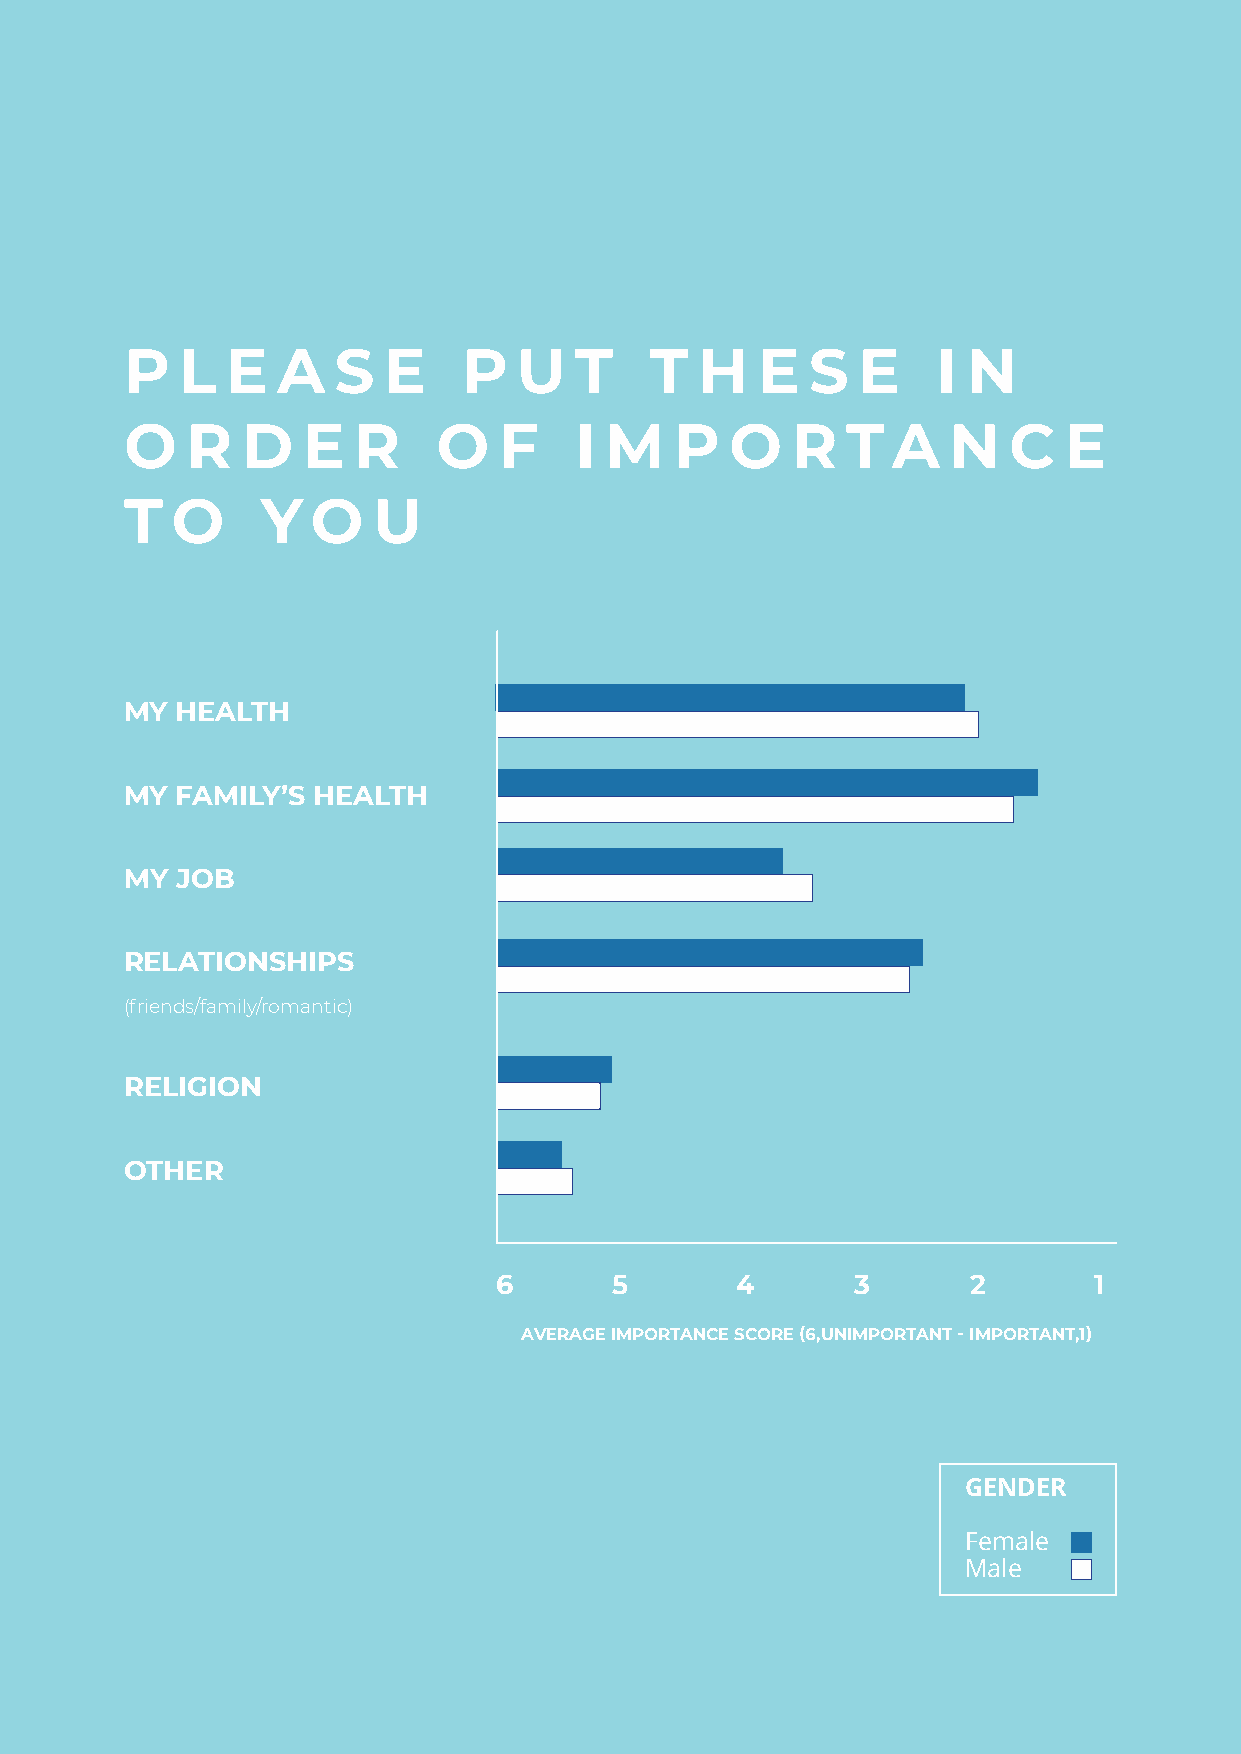
P   L  E  A   S  E     P  U   T    T  H   E   S  E    I N
 O   R   D   E  R     O   F    I M    P  O   R   T  A   N   C  E
 T  O     Y   O   U
 MY  HEALTH
 MY  FAMILY’S HEALTH
 MY  JOB
 RELATIONSHIPS
 (friends/family/romantic)
 RELIGION
 OTHER
 6       5       4       3      2       1
 AVERAGE IMPORTANCE SCORE (6,UNIMPORTANT - IMPORTANT,1)
 GENDER
 Female
 Male
 20